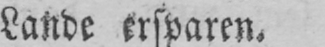
Lande ersparen.